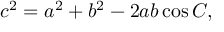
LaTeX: c ^ { 2 } = a ^ { 2 } + b ^ { 2 } - 2 a b \cos C ,